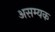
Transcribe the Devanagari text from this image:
असम्यक